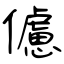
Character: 儢